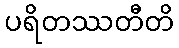
ပရိတဿတီတိ